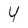
Character: 4